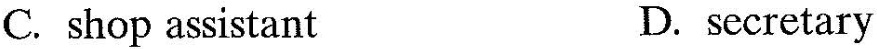
C. shop assistant D.secretary